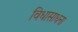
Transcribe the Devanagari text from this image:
विधासाधना